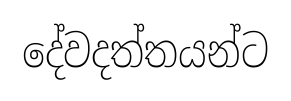
දේවදත්තයන්ට